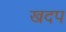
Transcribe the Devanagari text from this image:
खदप